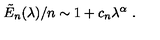
\tilde { E } _ { n } ( \lambda ) / n \sim 1 + c _ { n } \lambda ^ { \alpha } \ .